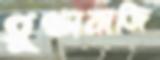
গুণ্ডাবাজি